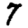
Digit: 7